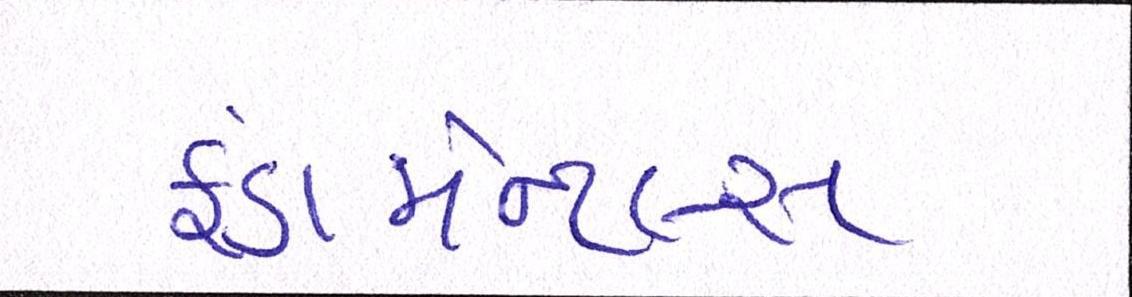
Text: ફંડામેન્ટલ્સ